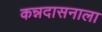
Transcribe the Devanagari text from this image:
कन्नदासनाला